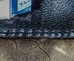
عوامل